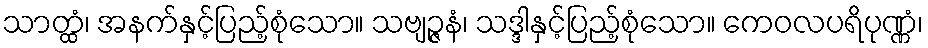
သာတ္ထံ၊ အနက်နှင့်ပြည့်စုံသော။ သဗျဉ္ဇနံ၊ သဒ္ဒါနှင့်ပြည့်စုံသော။ ကေဝလပရိပုဏ္ဏံ၊